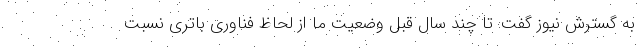
به گسترش نیوز گفت: تا چند سال قبل وضعیت ما از لحاظ فناوری باتری نسبت